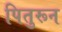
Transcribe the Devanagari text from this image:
पितुरून